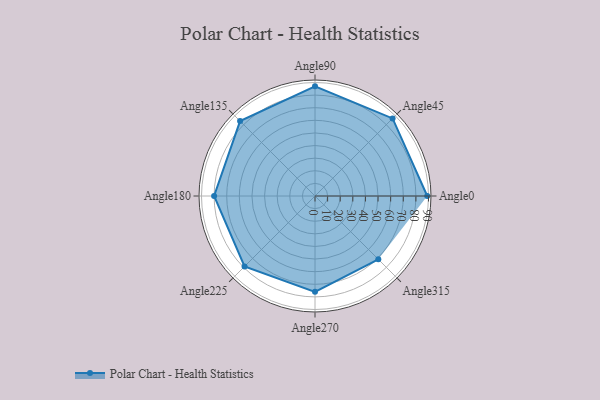
{"axis": {"x": "Angle", "y": "Radius"}, "legend": [""], "data": [{"x": "Angle0", "y": 89.0, "type": ""}, {"x": "Angle45", "y": 87.0, "type": ""}, {"x": "Angle90", "y": 87.0, "type": ""}, {"x": "Angle135", "y": 84.0, "type": ""}, {"x": "Angle180", "y": 80.0, "type": ""}, {"x": "Angle225", "y": 79.0, "type": ""}, {"x": "Angle270", "y": 76.0, "type": ""}, {"x": "Angle315", "y": 71.0, "type": ""}]}